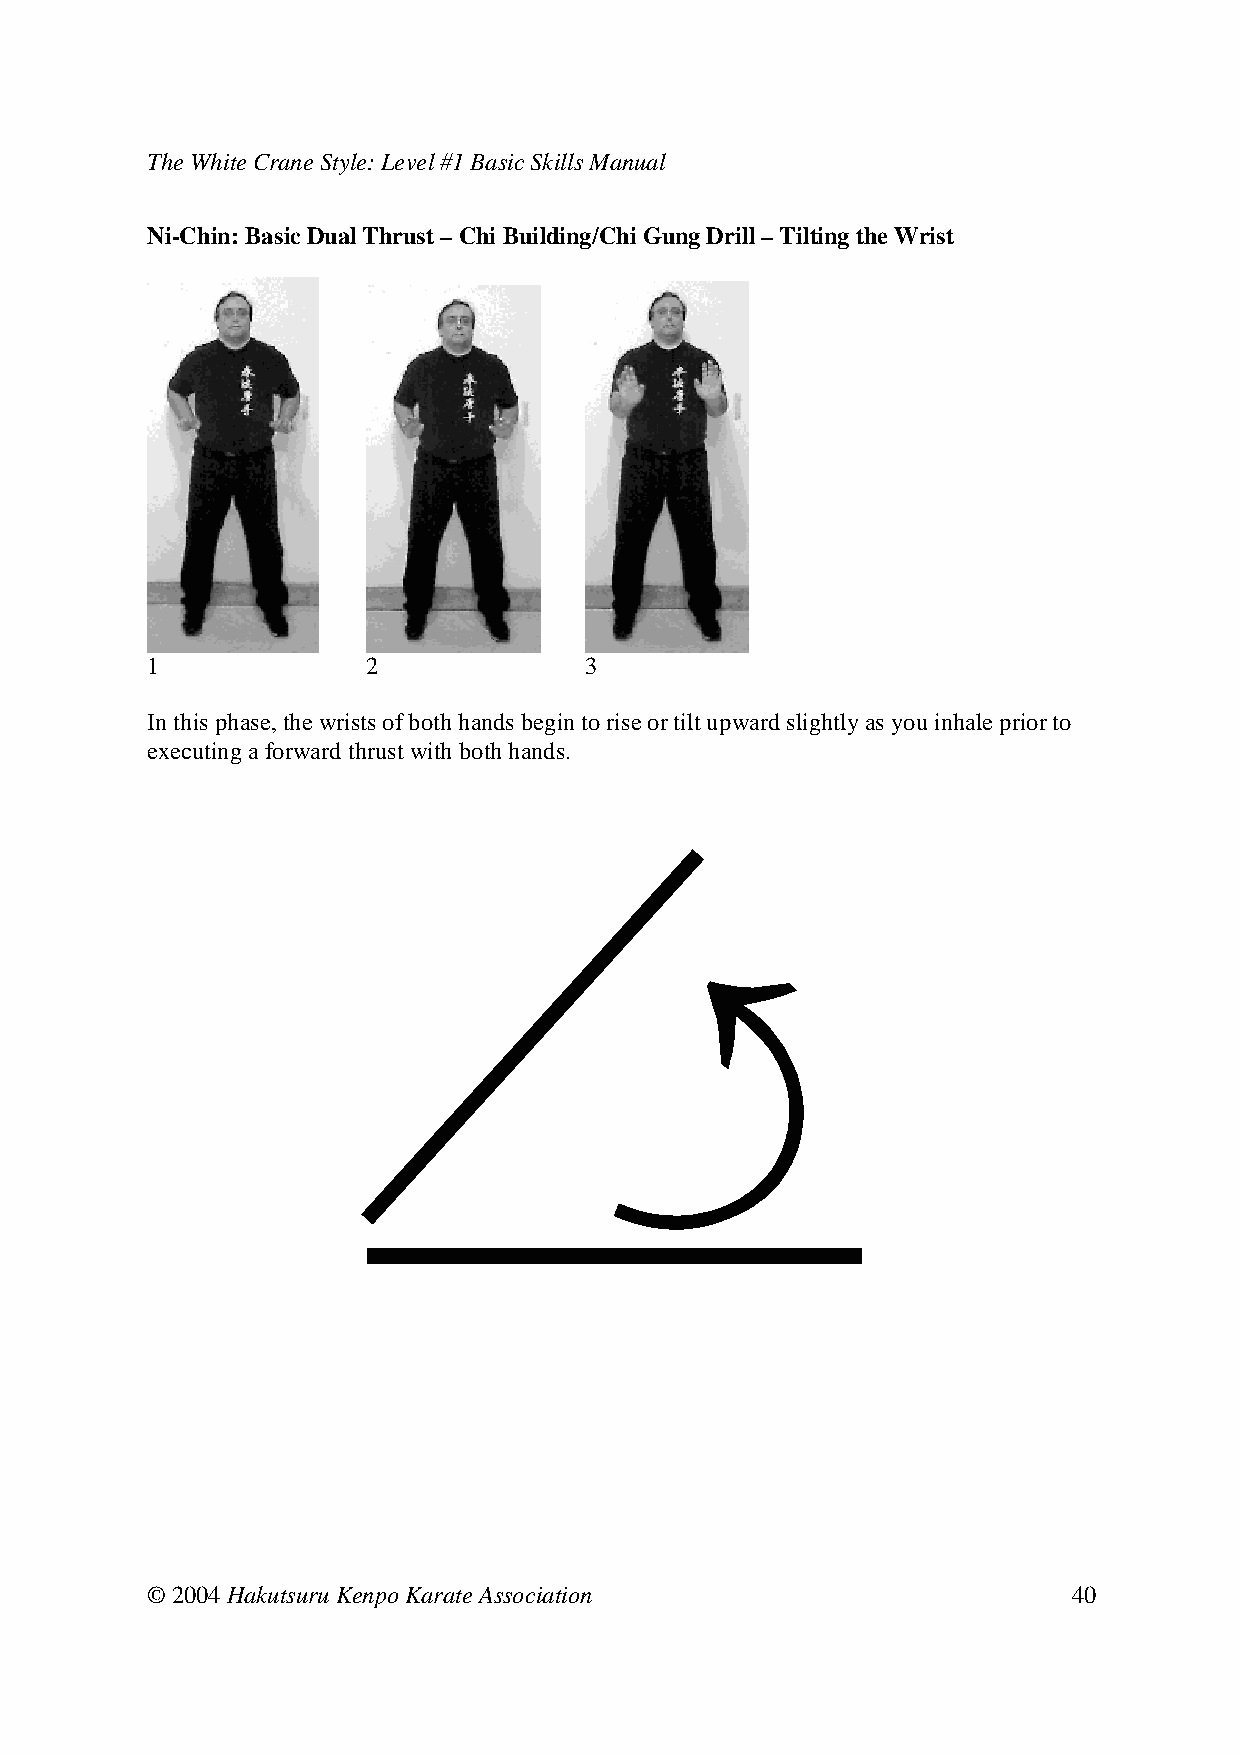
The White Crane Style: Level #1 Basic Skills Manual
 Ni-Chin: Basic Dual Thrust – Chi Building/Chi Gung Drill – Tilting the Wrist
 1     2      3
 In this phase, the wrists of both hands begin to rise or tilt upward slightly as you inhale prior to
 executing a forward thrust with both hands.
 © 2004 Hakutsuru Kenpo Karate Association                    40